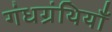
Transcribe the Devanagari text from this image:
गंधग्रंथियाँ